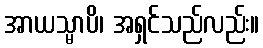
အာယသ္မာပိ၊ အရှင်သည်လည်း။